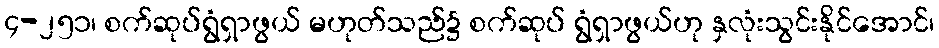
၄-၂၅၁၊ စက်ဆုပ်ရွံရှာဖွယ် မဟုတ်သည်၌ စက်ဆုပ် ရွံရှာဖွယ်ဟု နှလုံးသွင်းနိုင်အောင်၊